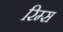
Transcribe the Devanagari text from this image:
रिम्स